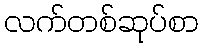
လက်တစ်ဆုပ်စာ